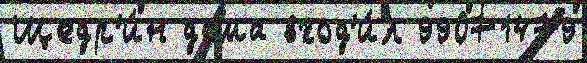
Щедр'и́н дома вход'и́л 99071479